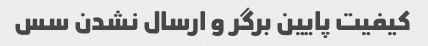
کیفیت پایین برگر و ارسال نشدن سس